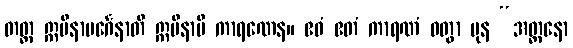
တတ္ထ ဣမိနာပင်္ဂေနာတိ ဣမိနာပိ ကာရဏေန။ ဧဝံ ဧတံ ကာရဏံ ဝတွာ ပုန “အတ္တနော